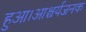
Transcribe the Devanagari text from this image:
हुआ।आश्चर्यजनक